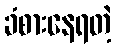
ခံစားနေရတဲ့